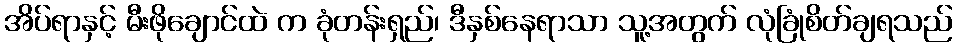
အိပ်ရာနှင့် မီးဖိုချောင်ထဲ က ခုံတန်းရှည်၊ ဒီနှစ်နေရာသာ သူ့အတွက် လုံခြုံစိတ်ချရသည်